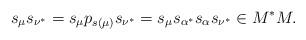
LaTeX: \begin{align*}s_{\mu}s_{\nu^*}=s_{\mu}p_{s(\mu)}s_{\nu^*}=s_{\mu}s_{\alpha^*}s_{\alpha}s_{\nu^*} \in M^*M.\end{align*}